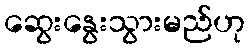
ဆွေးနွေးသွားမည်ဟု